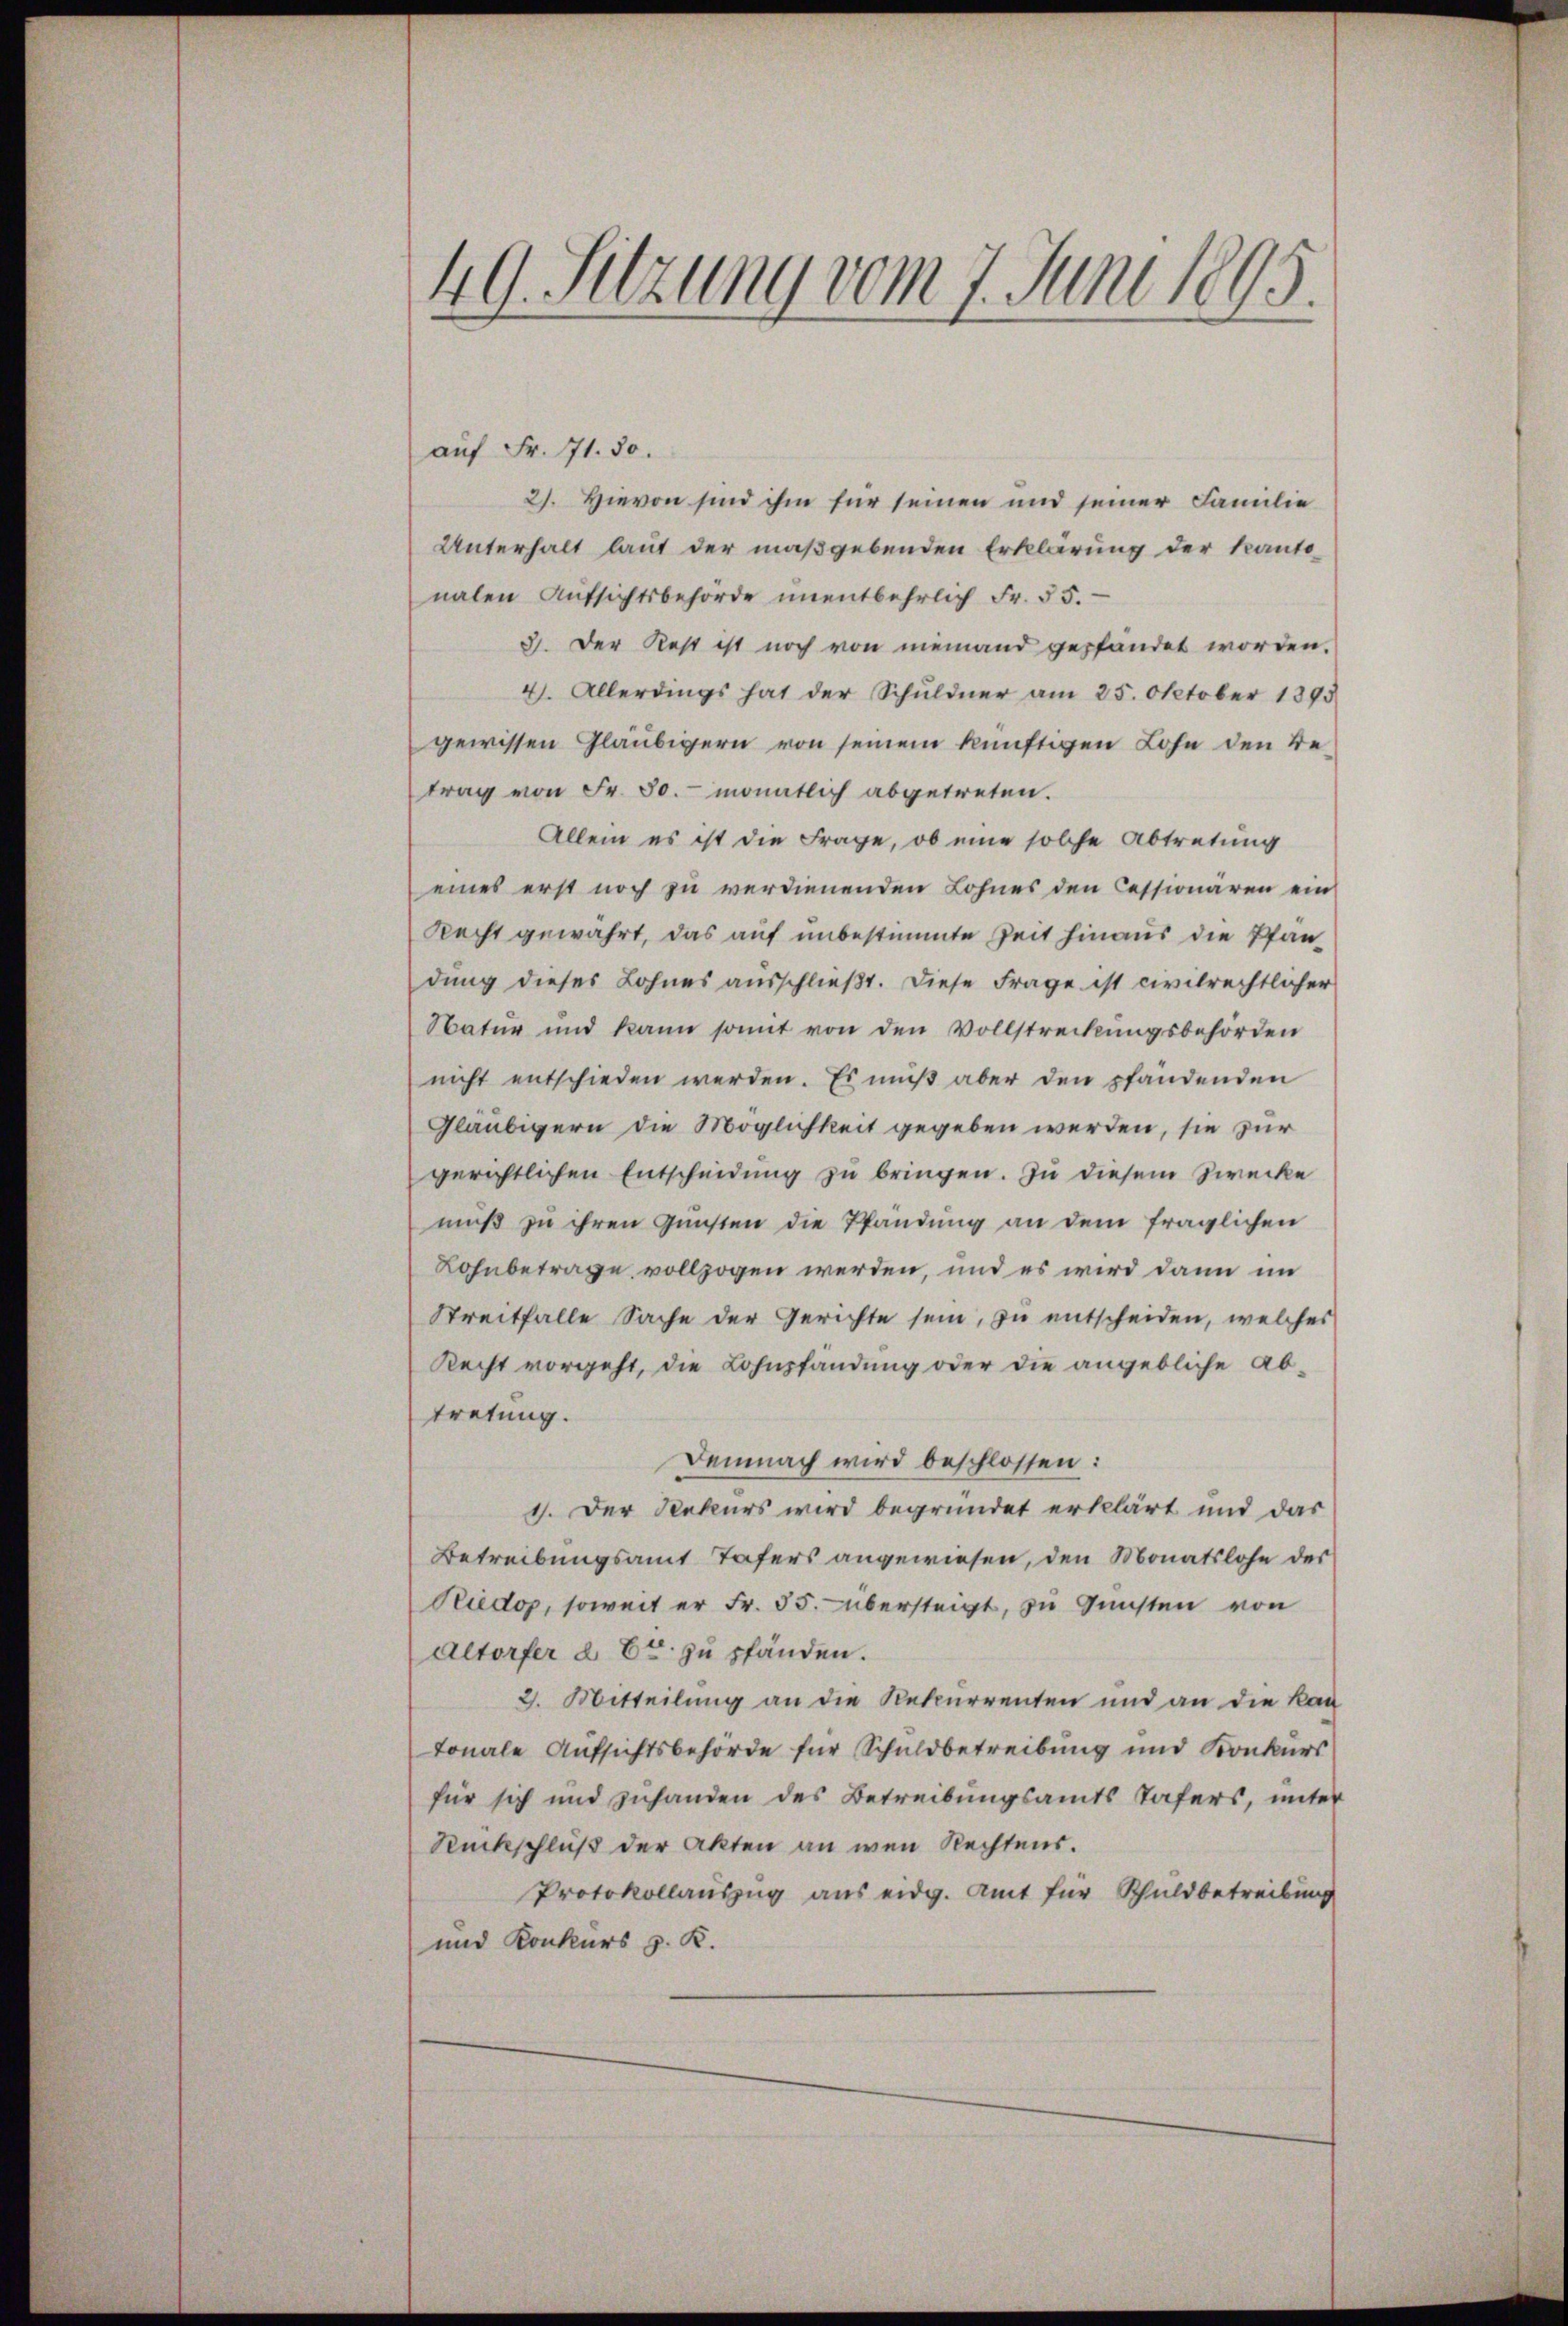
49. Sitzung vom 7. Juni 1895.

auf Fr. 71. 30.
2). Hievon sind ihm für seinen und seiner Familie
Unterhalt laut der maßgebenden Erklärung der Kanto
nalen Aŭfsichtsbehörde ŭnentbehrlich Fr. 55.
3. Der Rest ist noch von niemand gepfändet worden.
41. Allerdings hat der Schuldner am 25. Oktober 1893
gewissen Gläubigern von seinem künftigen Lohn den Betrag von Fr. 30. monatlich abgetreten.
Allein es ist die Frage, ob eine solche Abtretung
eines erst noch zu verdienenden Lohnes den Cessionären ein
Recht gewahrt, das auf unbestimmte Zeit hinaus die Pfandung dieses Lohnes ausschließt. Diese Frage ist civilrechtlicher
Natur und kann somit von den Vollstreckungsbehörden
nicht entschieden werden. Es muß aber den pfändenden
Gläubigern die Möglichkeit gegeben werden, sie zur
gerichtlichen Entscheidung zu bringen. Zu diesem Zwecke
muß zu ihren Gunsten die Pfändung an dem fraglichen
Lohnbetrage vollzogen werden, und es wird dann im
Streitfalle Sache der Gerichte sein, zu entscheiden, welches
Recht vorgeht, die Lohnpfandung oder die angebliche Abtretung.
Demnach wird beschlossen:
1. Der Rekurs wird begründet erklärt und das
Betreibungsamt Tafers angewiesen, den Monatslohn des
Ridop, soweit er Fr. 55. übersteigt, zu Gunsten von
Altorfer d. Er zu pfänden.
2. Mitteilung an die Rekurrenten und an die kan
tonale Aufsichtsbehörde für Schuldbetreibung und Konkurs
für sich und zuhanden des Betreibungsamts Tafers, unter
Ruckschluß der Akten an wen Rechtens.
Protokollauszug aus eidg. Amt für Schuldbetreibung
und Konkurs z. K.